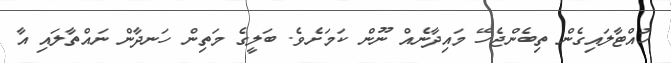
ހުއްޓާލައިގެން ތިބެންޖެހޭ މައިދާނެއް ނޫން ކަމަށެވެ. ބަލީގެ މަތިން ހަނދާން ނައްތާލައި އާ